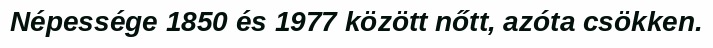
Népessége 1850 és 1977 között nőtt, azóta csökken.